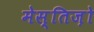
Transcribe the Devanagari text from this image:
मेस्तिज़ो